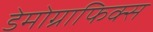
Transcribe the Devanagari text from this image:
डेमोग्राफिक्स